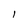
Character: l